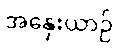
အနှေးယာဉ်